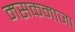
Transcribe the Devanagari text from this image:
मसकमाजा